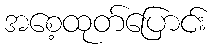
အစေ့ထုတ်ပြောင်း